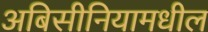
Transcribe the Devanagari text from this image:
अबिसीनियामधील